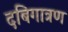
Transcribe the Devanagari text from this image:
दबिगात्रण